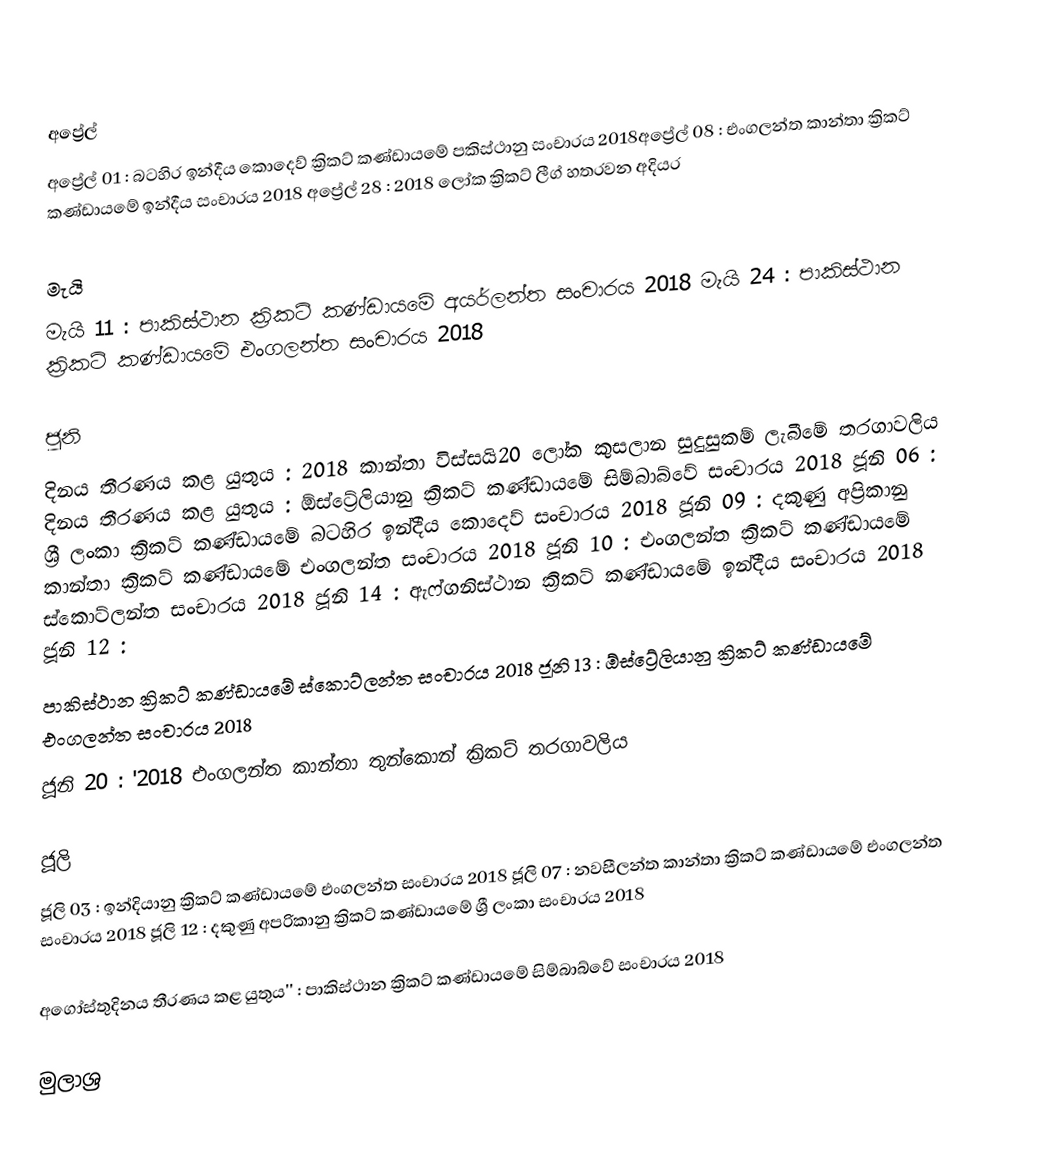

අප්‍රේල්
අප්‍රේල් 01 :   බටහිර ඉන්දීය කොදෙව් ක්‍රිකට් කණ්ඩායමේ පකිස්ථානු සංචාරය 2018අප්‍රේල් 08 :   එංගලන්ත කාන්තා ක්‍රිකට් කණ්ඩායමේ ඉන්දීය සංචාරය 2018 අප්‍රේල් 28 :  2018 ලෝක ක්‍රිකට් ලීග් හතරවන අදියර

මැයි
මැයි 11 :   පාකිස්ථාන ක්‍රිකට් කණ්ඩායමේ අයර්ලන්ත සංචාරය 2018 මැයි 24 :   පාකිස්ථාන ක්‍රිකට් කණ්ඩායමේ එංගලන්ත සංචාරය 2018

ජූනි
දිනය තීරණය කළ යුතුය :  2018 කාන්තා විස්සයි20 ලෝක කුසලාන සුදුසුකම් ලැබීමේ තරගාවලිය දිනය තීරණය කළ යුතුය :   ඕස්ට්‍රේලියානු ක්‍රිකට් කණ්ඩායමේ සිම්බාබ්වේ සංචාරය 2018 ජූනි 06 :   ශ්‍රී ලංකා ක්‍රිකට් කණ්ඩායමේ බටහිර ඉන්දීය කොදෙව් සංචාරය 2018 ජූනි 09 :   දකුණු අප‍්‍රිකානු කාන්තා ක්‍රිකට් කණ්ඩායමේ එංගලන්ත සංචාරය 2018 ජූනි 10 :   එංගලන්ත ක්‍රිකට් කණ්ඩායමේ ස්කොට්ලන්ත සංචාරය 2018 ජූනි 14 :   ඇෆ්ගනිස්ථාන ක්‍රිකට් කණ්ඩායමේ ඉන්දීය සංචාරය 2018 ජූනි 12 :
 පාකිස්ථාන ක්‍රිකට් කණ්ඩායමේ ස්කොට්ලන්ත සංචාරය 2018 ජූනි 13 :   ඕස්ට්‍රේලියානු ක්‍රිකට් කණ්ඩායමේ එංගලන්ත සංචාරය 2018
ජූනි 20 :    '2018 එංගලන්ත කාන්තා තුන්කොන් ක්‍රිකට් තරගාවලිය

ජූලි
ජූලි 03 :   ඉන්දියානු ක්‍රිකට් කණ්ඩායමේ එංගලන්ත සංචාරය 2018 ජූලි 07 :   නවසීලන්ත කාන්තා ක්‍රිකට් කණ්ඩායමේ එංගලන්ත සංචාරය 2018   ජූලි 12 :   දකුණු අප‍්‍රිකානු ක්‍රිකට් කණ්ඩායමේ ශ්‍රී ලංකා සංචාරය 2018

අගෝස්තුදිනය තීරණය කළ යුතුය'' :   පාකිස්ථාන ක්‍රිකට් කණ්ඩායමේ සිම්බාබ්වේ සංචාරය 2018

මුලාශ්‍ර